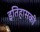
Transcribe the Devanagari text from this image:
इतिहासकी